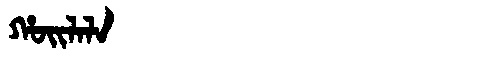
Manchu: ᡥᠣᡳᠯᠠᠯᠠ
Romanization: HOILALA